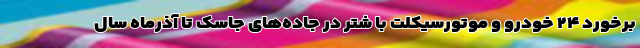
برخورد ۲۴ خودرو و موتورسیکلت‌ با شتر در جاده‌های جاسک تا آذرماه سال